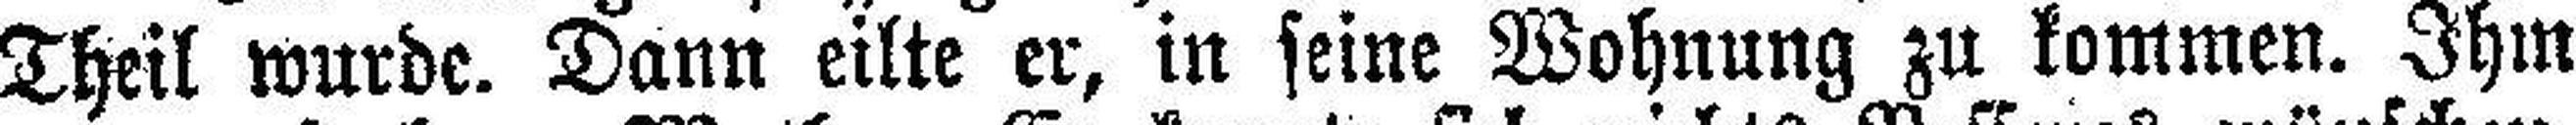
Theil wurde. Dann eilte er, in seine Wohnung zu kommen. Ihm